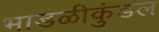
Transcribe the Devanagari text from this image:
भाडळीकुंडल